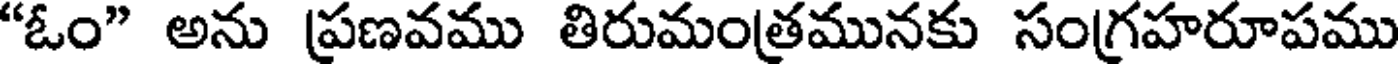
"ఓం" అను ప్రణవము తిరుమంత్రమునకు సంగ్రహరూపము